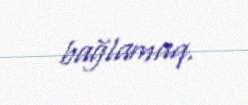
bağlamaq.